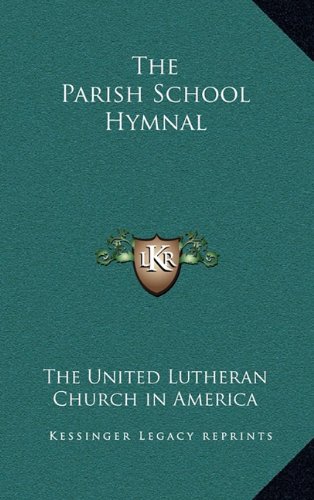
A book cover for The Parish School Hymnal; The United Lutheran Church in America; Christian Books & Bibles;